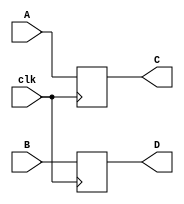
`timescale 1ns/1ns

module Buf1(
	input clk,
	input [31:0]A,
	input [31:0]B,
	output reg [31:0]C,
	output reg [31:0]D
);

initial 
begin	
	C = 32'd0;
	D = 32'd0;
end

always @(posedge clk)                                                                                               
begin 
	C = A;
	D = B;
end

endmodule